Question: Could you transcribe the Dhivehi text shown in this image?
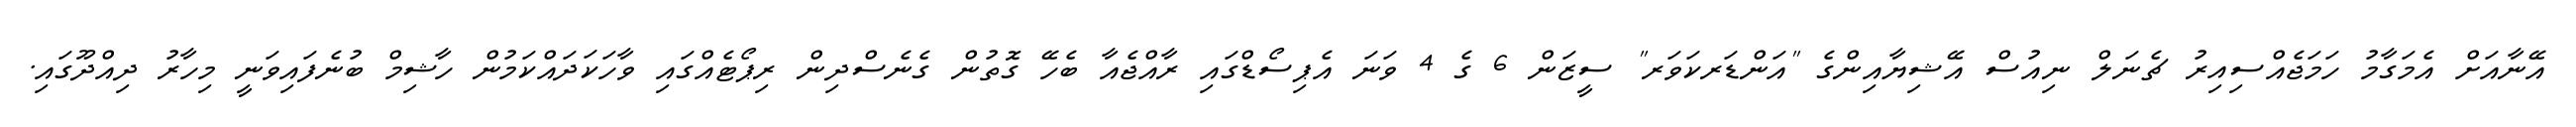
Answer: އޭނާއަށް އެމަގާމު ހަމަޖެއްސިއިރު ޗެނަލް ނިއުސް އޭޝިޔާއިންގެ "އަންޑަރކަވަރ" ސީޒަން 6 ގެ 4 ވަނަ އެޕިސޯޑްގައި ރާއްޖެއާ ބެހޭ ގޮތުން ގެނެސްދިން ރިޕޯޓެއްގައި ވާހަކަދައްކަމުން ހާޝިމް ބުނެފައިވަނީ މިހާރު ދިއްދޫގައި.